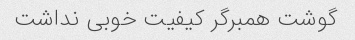
گوشت همبرگر کیفیت خوبی نداشت